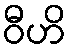
ဝီဟိ